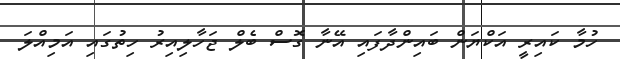
ހުމާ ކައިރީ އަކްޔަން ބައިންދާފައި އޭނާ ގޮސް ބެލް ޖަހާލިއިރު ހިތުގައި އަމިއްލަ